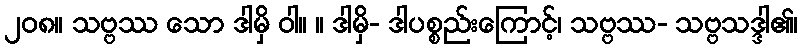
၂၀၈။ သဗ္ဗဿ သော ဒါမှိ ဝါ။ ။ ဒါမှိ- ဒါပစ္စည်းကြောင့်၊ သဗ္ဗဿ- သဗ္ဗသဒ္ဒါ၏၊